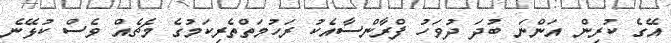
އޭގެ ކުރިން އަންނަ ބުދަ ދުވަހު ފްރާންސާއެކު ރަހުމަތްތެރިކަމުގެ މެޗެއް ވެސް ކުޅޭނެ